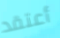
أعتقد